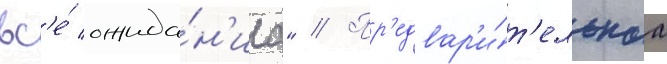
вс'е́ ожида́н'иа" // Пр'едвар'и́т'ельнаа